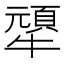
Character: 㹕